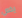
يخص